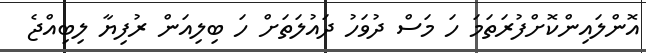
އޮންލައިންކޮށްފުރަތަމަ ހަ މަސް ދުވަހު ދައުލަތަށް ހަ ބިލިއަން ރުފިޔާ ލިބިއްޖެ